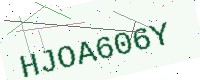
Text: HJOA606Y